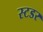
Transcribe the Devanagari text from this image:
स्टडर